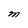
Character: M